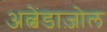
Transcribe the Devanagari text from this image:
अल्बेंडाज़ोल